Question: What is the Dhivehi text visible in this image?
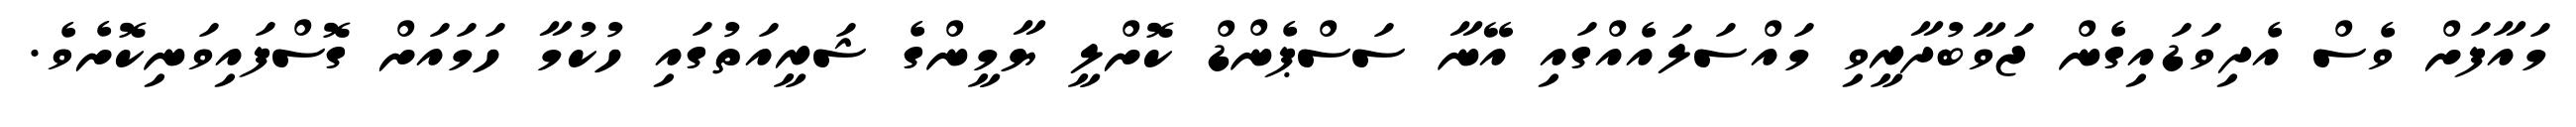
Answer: މައާފަށް ވެސް އެދިވަޑައިގެން ޖަވާބުދާރީވި މައްސަލައެއްގައި އޭނާ ސަސްޕެންޑް ކޮށްލީ ޔާމީންގެ ޝަރީއަތުގައި ހުކުމާ ހަމައަށް ގޮސްފައިވަނިކޮށެވެ.